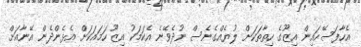
އެހާފަސޭހައިން އިޒޫގެ ހިތާތަކަށް ލުޔެއްގެނެސް ނުދެވޭނެ އެކަމަކު އިޒޫ ހަމައަކަށް އެޅެންދެން އޭނާއަށް